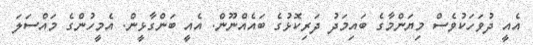
އެއީ ދުވަހަކުވެސް މިޔަންމާގެ ބައިމަދު ދަރިކޮޅުގެ ބައެއްނޫން. އެއީ ބަންގާޅީން. އެމީހުންގެ މައްސަލަ